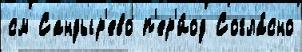
см Сандыр'ево п'ер'и́од Согла́сно